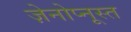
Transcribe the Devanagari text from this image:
ज़ेनोप्नूस्त